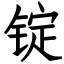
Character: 锭